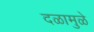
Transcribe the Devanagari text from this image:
दळामुळे